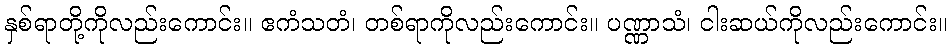
နှစ်ရာတို့ကိုလည်းကောင်း။ ဧကံသတံ၊ တစ်ရာကိုလည်းကောင်း။ ပဏ္ဏာသံ၊ ငါးဆယ်ကိုလည်းကောင်း။